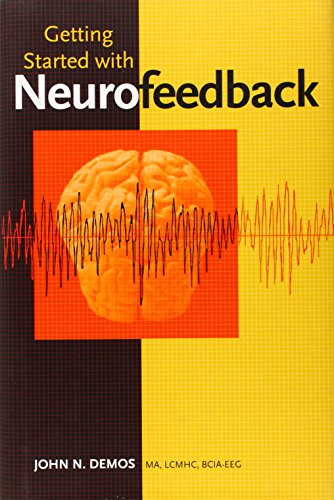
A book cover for Getting Started with Neurofeedback (Norton Professional Books); John N. Demos; Medical Books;